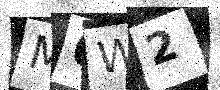
Text: M6W2